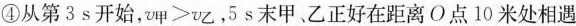
④从第3s开始，￥￥\nu甲＞\nu乙￥￥，5s末甲、乙正好在距离O点10米处相遇